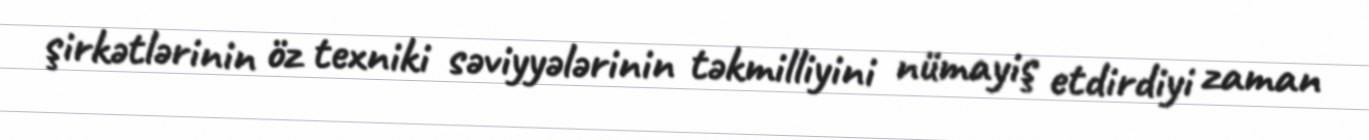
şirkətlərinin öz texniki səviyyələrinin təkmilliyini nümayiş etdirdiyi zaman